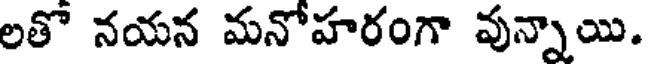
లతొ నయన మనోహరంగా వున్నాయి.